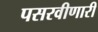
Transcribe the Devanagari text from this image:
पसरवीणारी